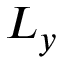
L _ { y }